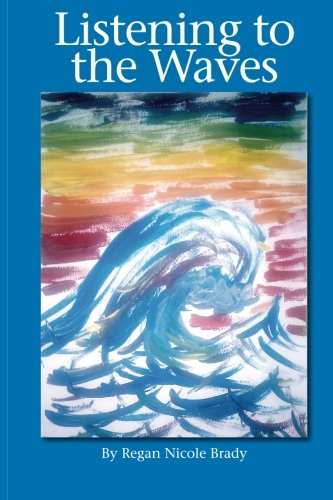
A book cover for Listening to the Waves; Regan Nicole Brady; Health, Fitness & Dieting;